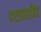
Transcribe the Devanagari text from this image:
दरडवाडीत